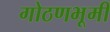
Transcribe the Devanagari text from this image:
गोठणभूमी